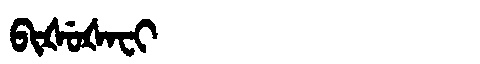
Manchu: ᠪᡳᡧᡠᡧᠠᠸᡳ
Romanization: BIŠUŠAFI